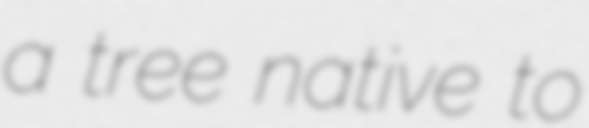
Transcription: a tree native to